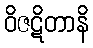
ဝိဇဋိတာနိ